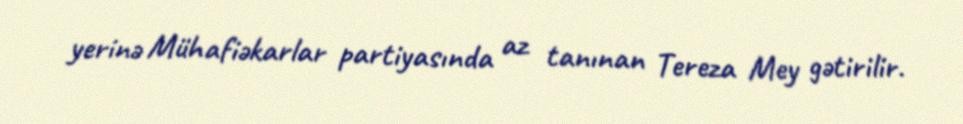
yerinə Mühafiəkarlar partiyasında az tanınan Tereza Mey gətirilir.